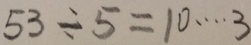
5 3 \div 5 = 1 0 \cdots 3